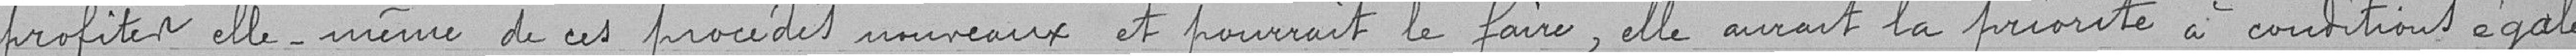
profiter elle-même de ces procédés nouveaux et pourrait le faire, elle aurait la priorité à conditions égales